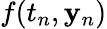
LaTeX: f(t_{n},\mathbf{y}_{n})